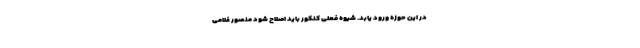
در این حوزه ورود یابد. شیوه فعلی کنکور باید اصلاح شود منصور غلامی